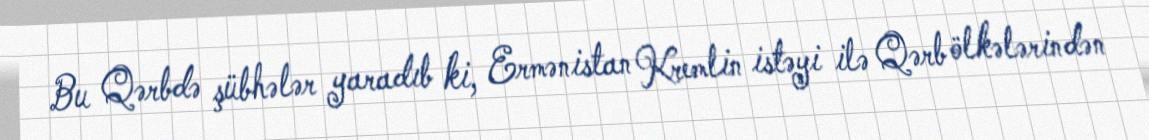
Bu Qərbdə şübhələr yaradıb ki, Ermənistan Kremlin istəyi ilə Qərb ölkələrindən